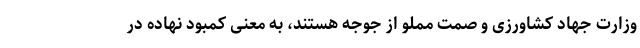
وزارت جهاد کشاورزی و صمت مملو از جوجه هستند، به معنی کمبود نهاده در